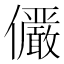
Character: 𫤌